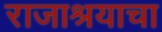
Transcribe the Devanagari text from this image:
राजाश्रयाचा